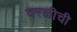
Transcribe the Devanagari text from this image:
वरळीची